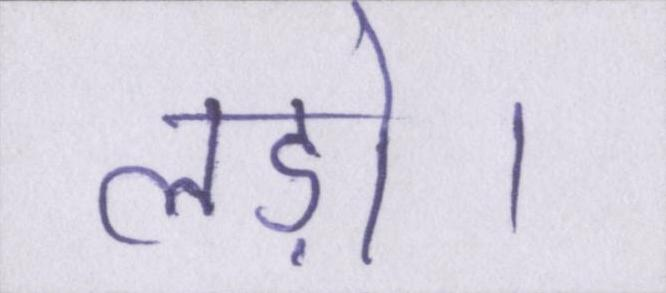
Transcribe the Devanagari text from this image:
लड़ो।